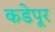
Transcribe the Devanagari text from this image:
कडेपूर